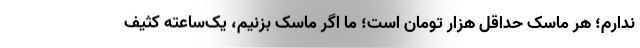
ندارم؛ هر ماسک حداقل هزار تومان است؛ ما اگر ماسک بزنیم، یک‌ساعته کثیف